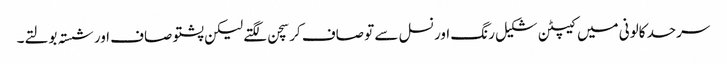
سرحد کالونی میں کیپٹن شکیل رنگ اور نسل سے تو صاف کرسچن لگتے لیکن پشتو صاف اور شستہ بولتے۔